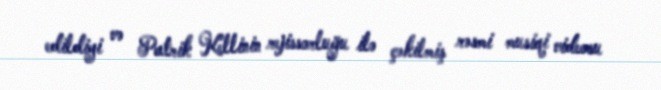
edildiyi və Patrik Kellinin rejissorluğu ilə çəkilmiş rəsmi musiqi videosu